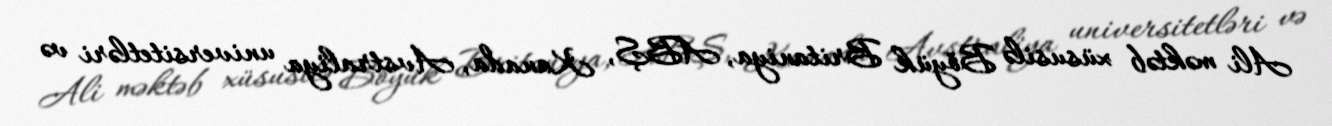
Ali məktəb xüsusilə Böyük Britaniya, ABŞ, Kanada, Avstraliya universitetləri və